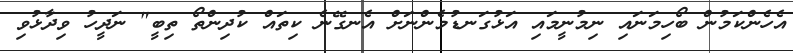
އެހެންކަމުން ބޯހިމަނައި ނިމުނީމައި އަޅުގަނޑުމެންނަށް އެނގޭނެ ކިތައް ކުދިންތޯ ތިބީ" ނަދީހު ވިދާޅުވި